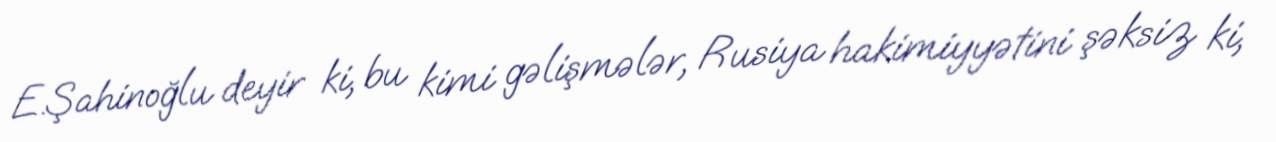
E.Şahinoğlu deyir ki, bu kimi gəlişmələr, Rusiya hakimiyyətini şəksiz ki,